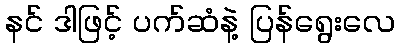
နင် ဒါဖြင့် ပက်ဆံနဲ့ ပြန်ရွေးလေ